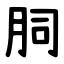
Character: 䏤